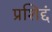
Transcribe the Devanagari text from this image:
प्रशिद्दं